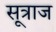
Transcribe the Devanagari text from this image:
सूत्राज